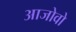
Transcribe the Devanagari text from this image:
आजोवो